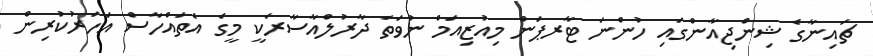
ޗައިނާގެ ޝިންޖިއާންގައި ހުންނަ ޓާރޕަން މިއުޒިއަމް ނުވަތަ ދާރުލްއާސާރަކީ މީގެ އެތައްހާސް އަހަރުކުރިން